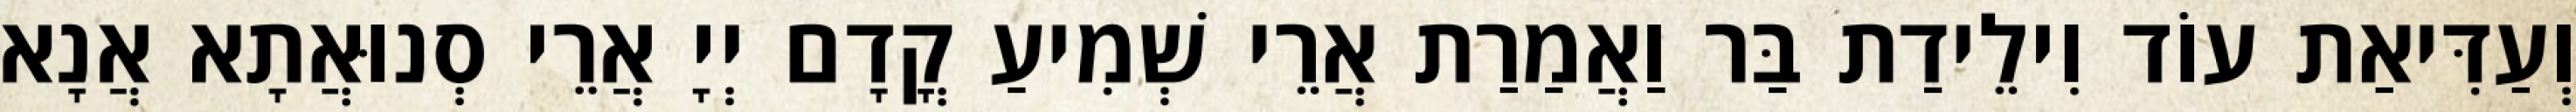
וְעַדִּיאַת עוֹד וִילֵידַת בַּר וַאֲמַרַת אֲרֵי שְׁמִיעַ קֳדָם יְיָ אֲרֵי סְנוּאֲתָא אֲנָא